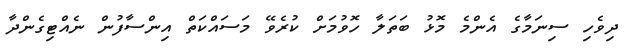
ދިވެހި ސިނަމާގެ އެންމެ މޮޅު ބަތަލާ ހޮވުމަށް ކުރެވޭ މަސައްކަތް އިންސާފުން ނެއްޓިގެންދާ